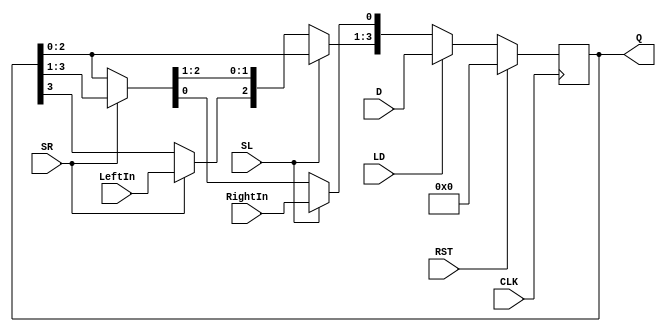
`timescale 1ns / 1ps
//////////////////////////////////////////////////////////////////////////////////
// Company: 
// Engineer: 
// 
// Design Name: 
// Module Name: shift_reg1
// Project Name: 
// Target Devices: 
// Tool Versions: 
// Description: 
// 
// Dependencies: 
// 
// Revision:
// Revision 0.01 - File Created
// Additional Comments:
// 
//////////////////////////////////////////////////////////////////////////////////

module shift_reg1 (CLK, RST, SL, SR, LD, LeftIn, RightIn, D, Q); parameter Data_width = 4;

input	CLK, RST, SL, SR, LD, LeftIn, RightIn;
input	[Data_width-1:0] D;
output reg [Data_width-1:0] Q;

always @(posedge CLK)
begin

if (RST)
Q = 0;
else if (LD)
Q = D;
else if (SL)	// shift left
begin

Q[Data_width-1:1] = Q [Data_width-2:0]; 
Q [0] = RightIn;

end
else if (SR)	// shift right
begin

Q[Data_width-2:0] = Q [Data_width-1:1]; 
Q [Data_width -1] = LeftIn;

end
else	Q[Data_width-1:0] = Q [Data_width-1:0];
end

endmodule